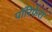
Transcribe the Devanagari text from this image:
पॉरिफ़ेरा